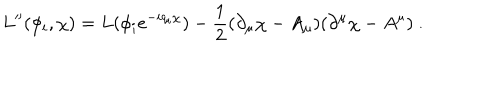
L ^ { \prime \prime } ( \phi _ { i } , \chi ) = L ( \phi _ { i } e ^ { - i q _ { i } \chi } ) - \frac { 1 } { 2 } ( \partial _ { \mu } \chi - A _ { \mu } ) ( \partial ^ { \mu } \chi - A ^ { \mu } ) \ .